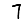
Digit: 7